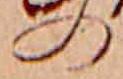
の